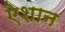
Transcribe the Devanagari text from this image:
ऐशान